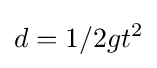
d=1/2gt^{2}